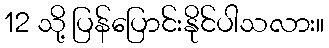
12 သို့ ပြန်ပြောင်းနိုင်ပါသလား။